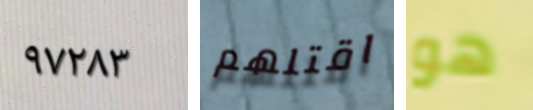
٩٧٢٨٣ اقتلهم هو